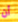
أن